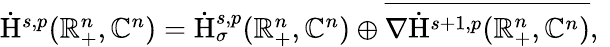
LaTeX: \begin{array}{r}{\dot{\mathrm{H}}^{s,p}(\mathbb{R}_{+}^{n},\mathbb{C}^{n})=\dot{\mathrm{H}}_{\sigma}^{s,p}(\mathbb{R}_{+}^{n},\mathbb{C}^{n})\oplus\overline{{\nabla\dot{\mathrm{H}}^{s+1,p}(\mathbb{R}_{+}^{n},\mathbb{C}^{n})}}\mathrm{,~}}\end{array}